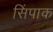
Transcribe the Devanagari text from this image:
सिंपाक